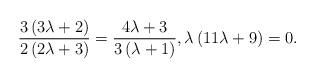
LaTeX: \begin{align*} \frac{3\left( 3\lambda +2\right) }{2\left( 2\lambda +3\right) } = \frac{4\lambda +3}{3\left( \lambda +1\right) }, \lambda \left( 11\lambda +9\right) =0.\end{align*}